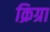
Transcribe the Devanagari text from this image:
क्रिग्रा